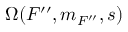
\Omega ( F ^ { \prime \prime } , m _ { F ^ { \prime \prime } } , s )